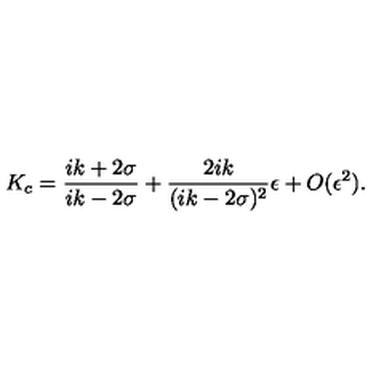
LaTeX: K _ { c } = \frac { i k + 2 \sigma } { i k - 2 \sigma } + \frac { 2 i k } { ( i k - 2 \sigma ) ^ { 2 } } \epsilon + O ( \epsilon ^ { 2 } ) .